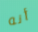
أنه